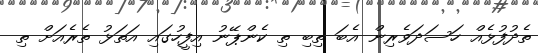
ތެދުފުޅެއް ހަސަދަވެރިން އެބަ ތިބި ތި ކެންޕޭނު އިފީހުގައި އަތަޅު ތެރެއަށް ތި